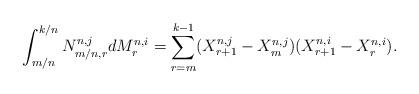
LaTeX: \begin{align*}\int_{m/n}^{k/n} N^{n,j}_{m/n, r} dM^{n,i}_r = \sum_{r=m}^{k-1} (X^{n,j}_{r+1}-X^{n,j}_{m}) (X^{n,i}_{r+1} - X^{n,i}_{r}).\end{align*}